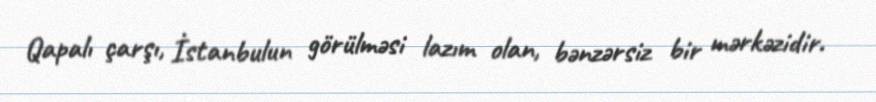
Qapalı çarşı, İstanbulun görülməsi lazım olan, bənzərsiz bir mərkəzidir.